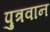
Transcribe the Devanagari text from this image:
पुत्रवान